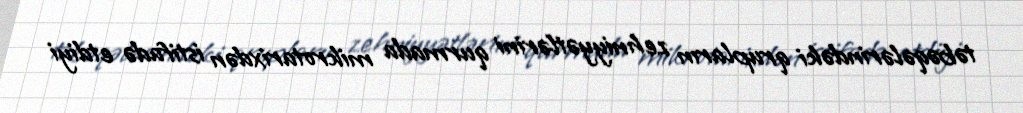
təbəqələrindəki qrupların zehniyyətlərini qurmada mikrotarixdən istifadə etdiyi